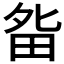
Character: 𰣃